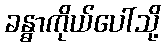
ခန္ဓာကိုယ်ပေါ်သို့